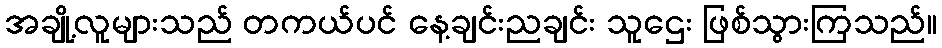
အချို့လူများသည် တကယ်ပင် နေ့ချင်းညချင်း သူဌေး ဖြစ်သွားကြသည်။